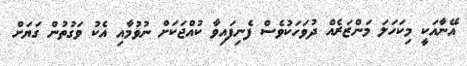
އޭނާއަކީ މިކަހަލަ މަންޒަރެއް ދުވަހަކުވެސް ފެނިފައިވާ ކުއްޖަކަށް ނުވުމާއި އެކު ވަގުތުން ގަޔަށް